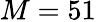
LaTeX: M=51